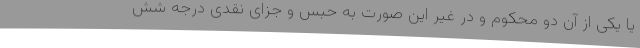
یا یکی از آن دو محکوم و در غیر این‌ صورت به حبس و جزای نقدی درجه شش